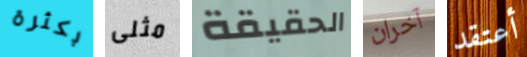
بكثرة مثلى الحقيقة آخران أعتقد